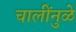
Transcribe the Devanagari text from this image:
चालींनुळे